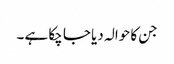
جن کا حوالہ دیا جا چکا ہے ۔